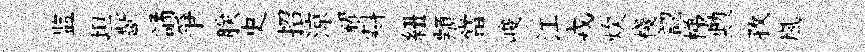
监坦齗譎爭朕史招涼耀㪺紐顓當峻江戎炊棧認梯勲孜嵐